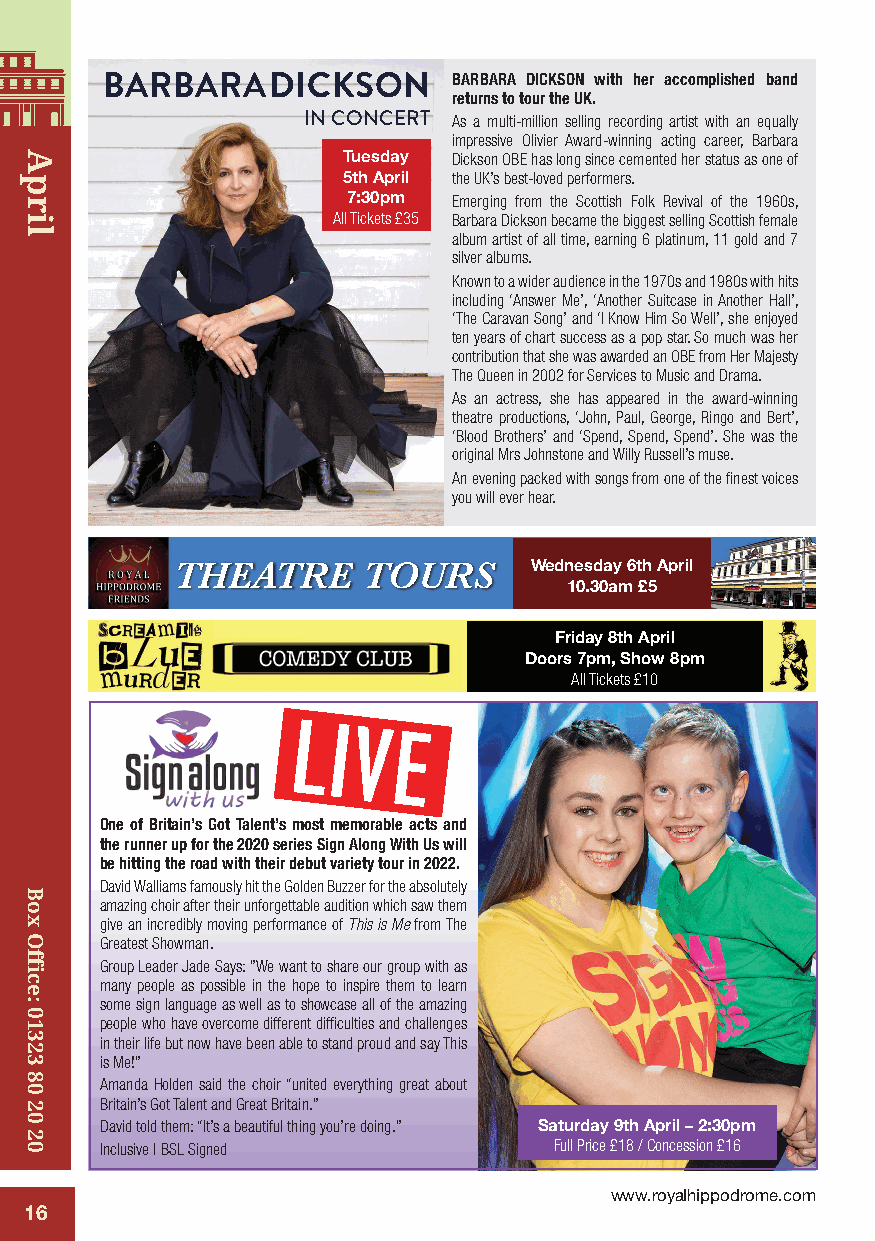
BARBARA    DICKSON     BARBARA DICKSON with her accomplished band
 returns to tour the UK.
 IN CONCERT As a multi-million selling recording artist with an equally
 impressive Olivier Award-winning acting career, Barbara
 Tuesday Dickson OBE has long since cemented her status as one of
 5th April the UK’s best-loved performers.
 7:30pm Emerging from the Scottish Folk Revival of the 1960s,
 All Tickets £35 Barbara Dickson became the biggest selling Scottish female
 album artist of all time, earning 6 platinum, 11 gold and 7
 silver albums.
 Known to a wider audience in the 1970s and 1980s with hits
 including ‘Answer Me’, ‘Another Suitcase in Another Hall’,
 ‘The Caravan Song’ and ‘I Know Him So Well’, she enjoyed
 ten years of chart success as a pop star. So much was her
 contribution that she was awarded an OBE from Her Majesty
 The Queen in 2002 for Services to Music and Drama.
 As an actress, she has appeared in the award-winning
 theatre productions, ‘John, Paul, George, Ringo and Bert’,
 ‘Blood Brothers’ and ‘Spend, Spend, Spend’. She was the
 original Mrs Johnstone and Willy Russell’s muse.
 An evening packed with songs from one of the finest voices
 you will ever hear.
 THEATRE      TOURS      Wednesday 6th April
 10.30am £5
 Friday 8th April
 Doors 7pm, Show 8pm
 All Tickets £10
 LIVE
 One of Britain’s Got Talent’s most memorable acts and
 the runner up for the 2020 series Sign Along With Us will
 be hitting the road with their debut variety tour in 2022.
 David Walliams famously hit the Golden Buzzer for the absolutely
 amazing choir after their unforgettable audition which saw them
 give an incredibly moving performance of This is Me from The
 Greatest Showman.
 Group Leader Jade Says: ”We want to share our group with as
 many people as possible in the hope to inspire them to learn
 some sign language as well as to showcase all of the amazing
 people who have overcome different difficulties and challenges
 in their life but now have been able to stand proud and say This
 is Me!”
 Amanda Holden said the choir “united everything great about
 Britain’s Got Talent and Great Britain.”
 David told them: “It’s a beautiful thing you’re doing.” Saturday 9th April – 2:30pm
 Inclusive | BSL Signed        Full Price £18 / Concession £16
 www.royalhippodrome.com
 16
 April
 Box
 Office:
 01323
 80
 20
 20